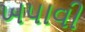
ખપાવી